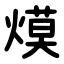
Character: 㷬